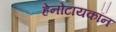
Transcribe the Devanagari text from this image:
हेनोटायकॉन